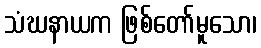
သံဃနာယက ဖြစ်တော်မူသော၊